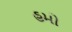
હમો